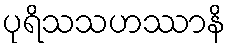
ပုရိသသဟဿာနိ